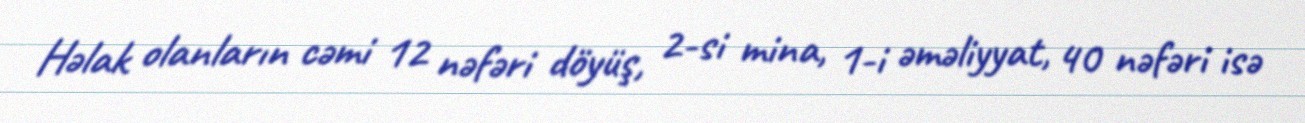
Həlak olanların cəmi 12 nəfəri döyüş, 2-si mina, 1-i əməliyyat, 40 nəfəri isə